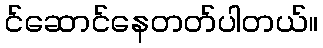
င်ဆောင်နေတတ်ပါတယ်။